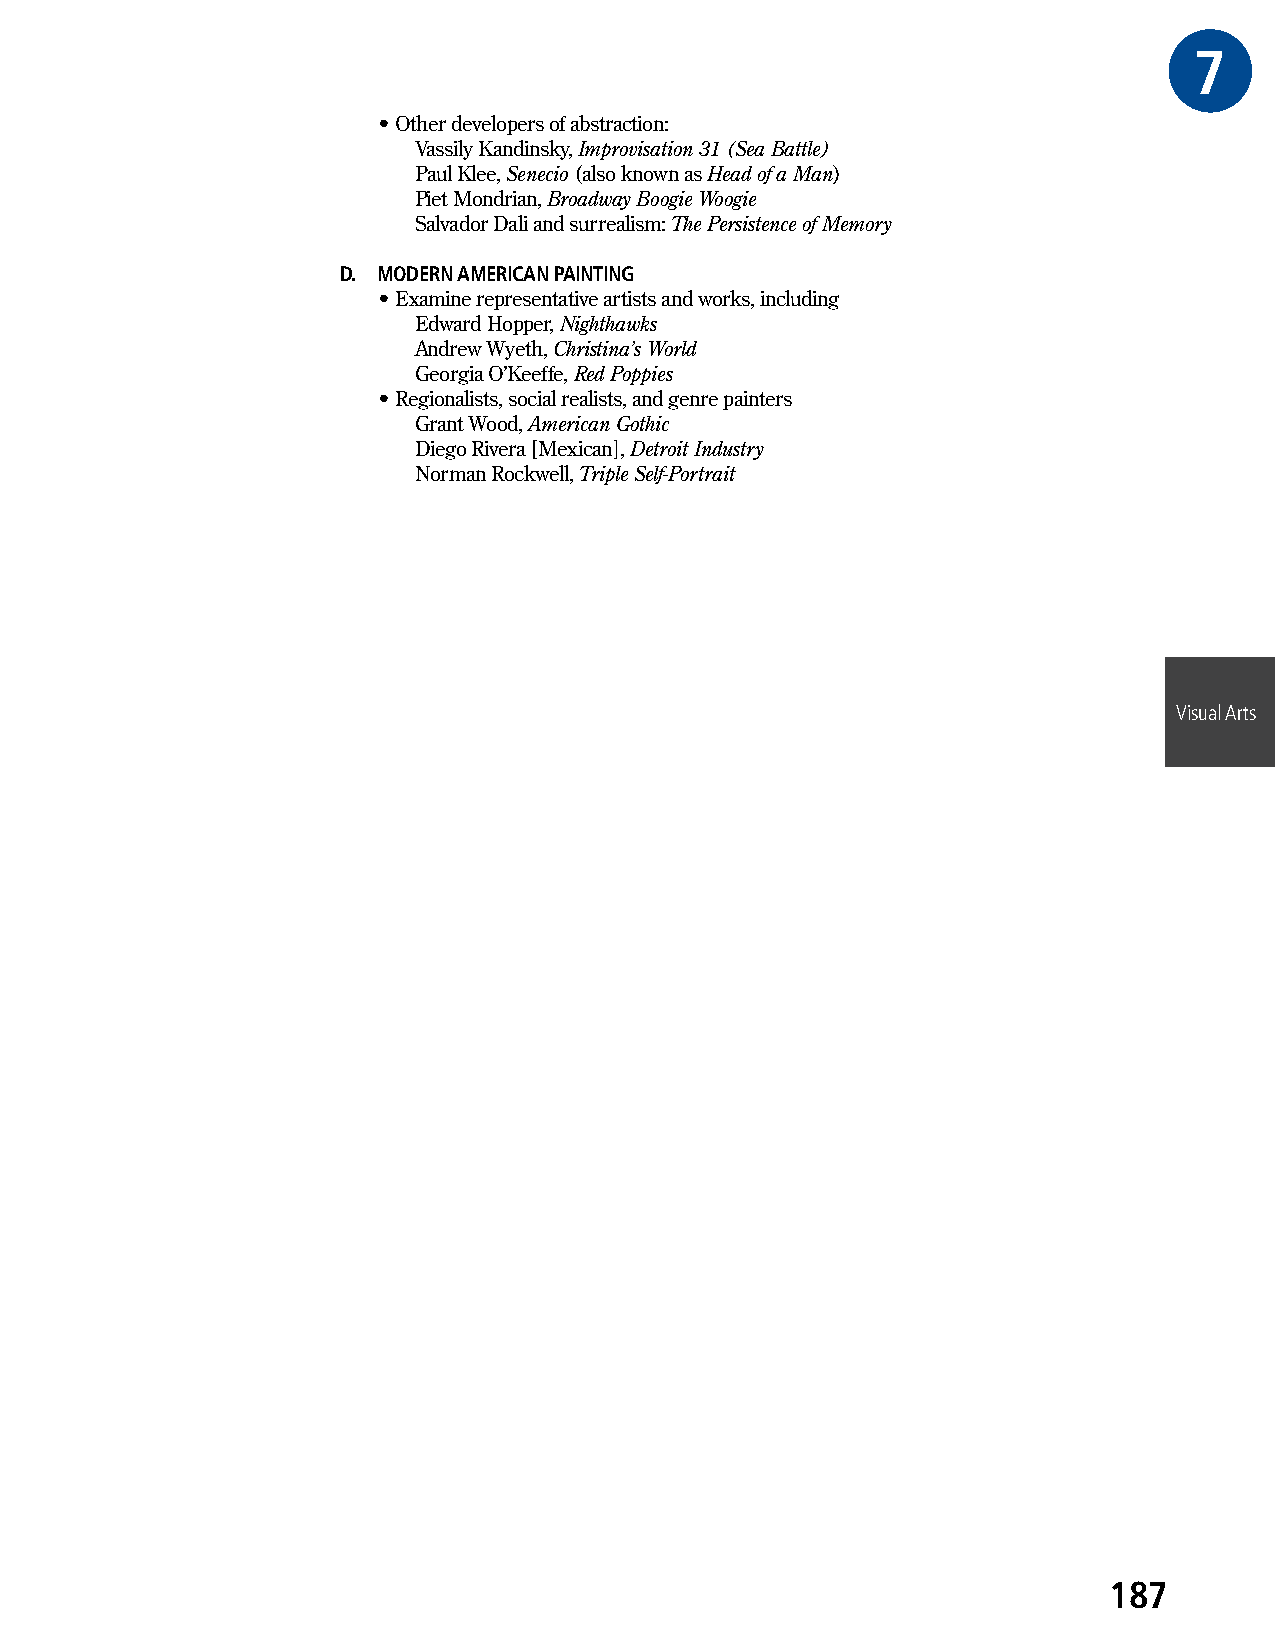
7GRA
 • Other developers of abstraction:
 Vassily Kandinsky, Improvisation 31 (Sea Battle)
 Paul Klee, Senecio (also known as Head of a Man)
 Piet Mondrian, Broadway Boogie Woogie
 Salvador Dali and surrealism: The Persistence of Memory
 D. MODERN AMERICAN PAINTING
 • Examine representative artists and works, including
 Edward Hopper, Nighthawks
 Andrew Wyeth, Christina’s World
 Georgia O’Keeffe, Red Poppies
 • Regionalists, social realists, and genre painters
 Grant Wood, American Gothic
 Diego Rivera [Mexican], Detroit Industry
 Norman Rockwell, Triple Self-Portrait
 Visual Arts
 187